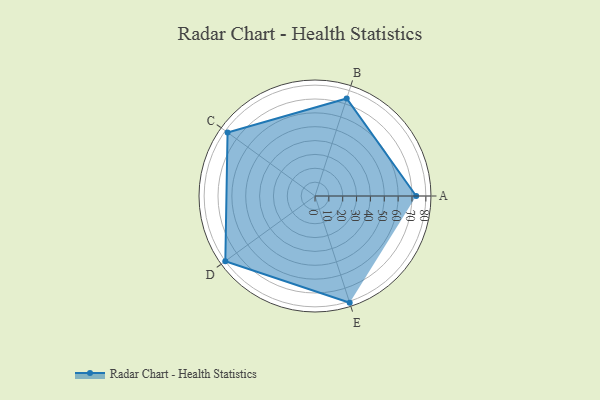
{"axis": {"x": "Skill", "y": "Score"}, "legend": ["Profile"], "data": [{"x": "A", "y": 73.0, "type": "Profile"}, {"x": "B", "y": 74.0, "type": "Profile"}, {"x": "C", "y": 78.0, "type": "Profile"}, {"x": "D", "y": 80.0, "type": "Profile"}, {"x": "E", "y": 81.0, "type": "Profile"}]}